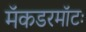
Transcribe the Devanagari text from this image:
मॅकडरमॉटः